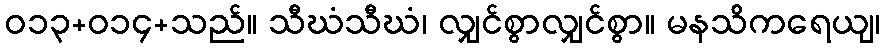
ဝ၁၃+၀၁၄+သည်။ သီဃံသီဃံ၊ လျှင်စွာလျှင်စွာ။ မနသိကရေယျ၊